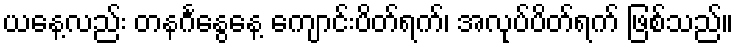
ယနေ့လည်း တနင်္ဂနွေနေ့ ကျောင်းပိတ်ရက်၊ အလုပ်ပိတ်ရက် ဖြစ်သည်။